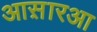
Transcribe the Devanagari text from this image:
आस़ारआ